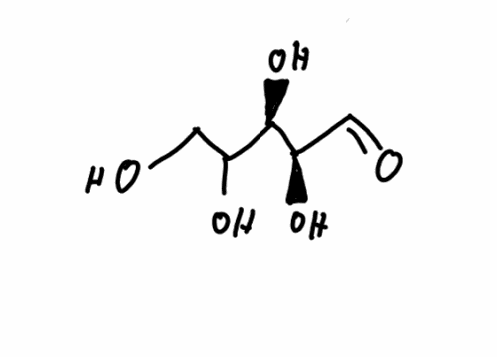
Simplified molecular-input line-entry system (SMILES) notation of the given molecule:
C(C([C@H]([C@@H](C=O)O)O)O)O